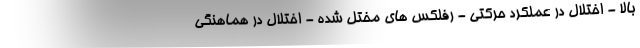
بالا - اختلال در عملکرد حرکتی - رفلکس های مختل شده - اختلال در هماهنگی